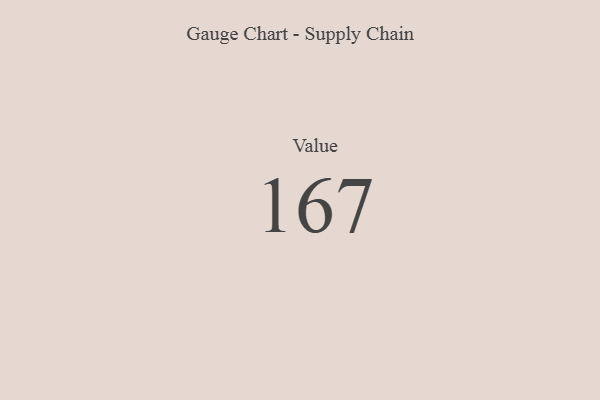
{"axis": {"x": "Metric", "y": "Value"}, "legend": [""], "data": [{"x": "Value", "y": 167, "type": ""}]}